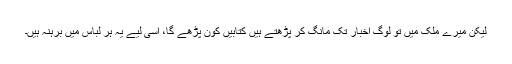
لیکن میرے ملک میں تو لوگ اخبار تک مانگ کر پڑھتے ہیں کتابیں کون پڑھے گا، اسی لیے یہ ہر لباس میں برہنہ ہیں۔